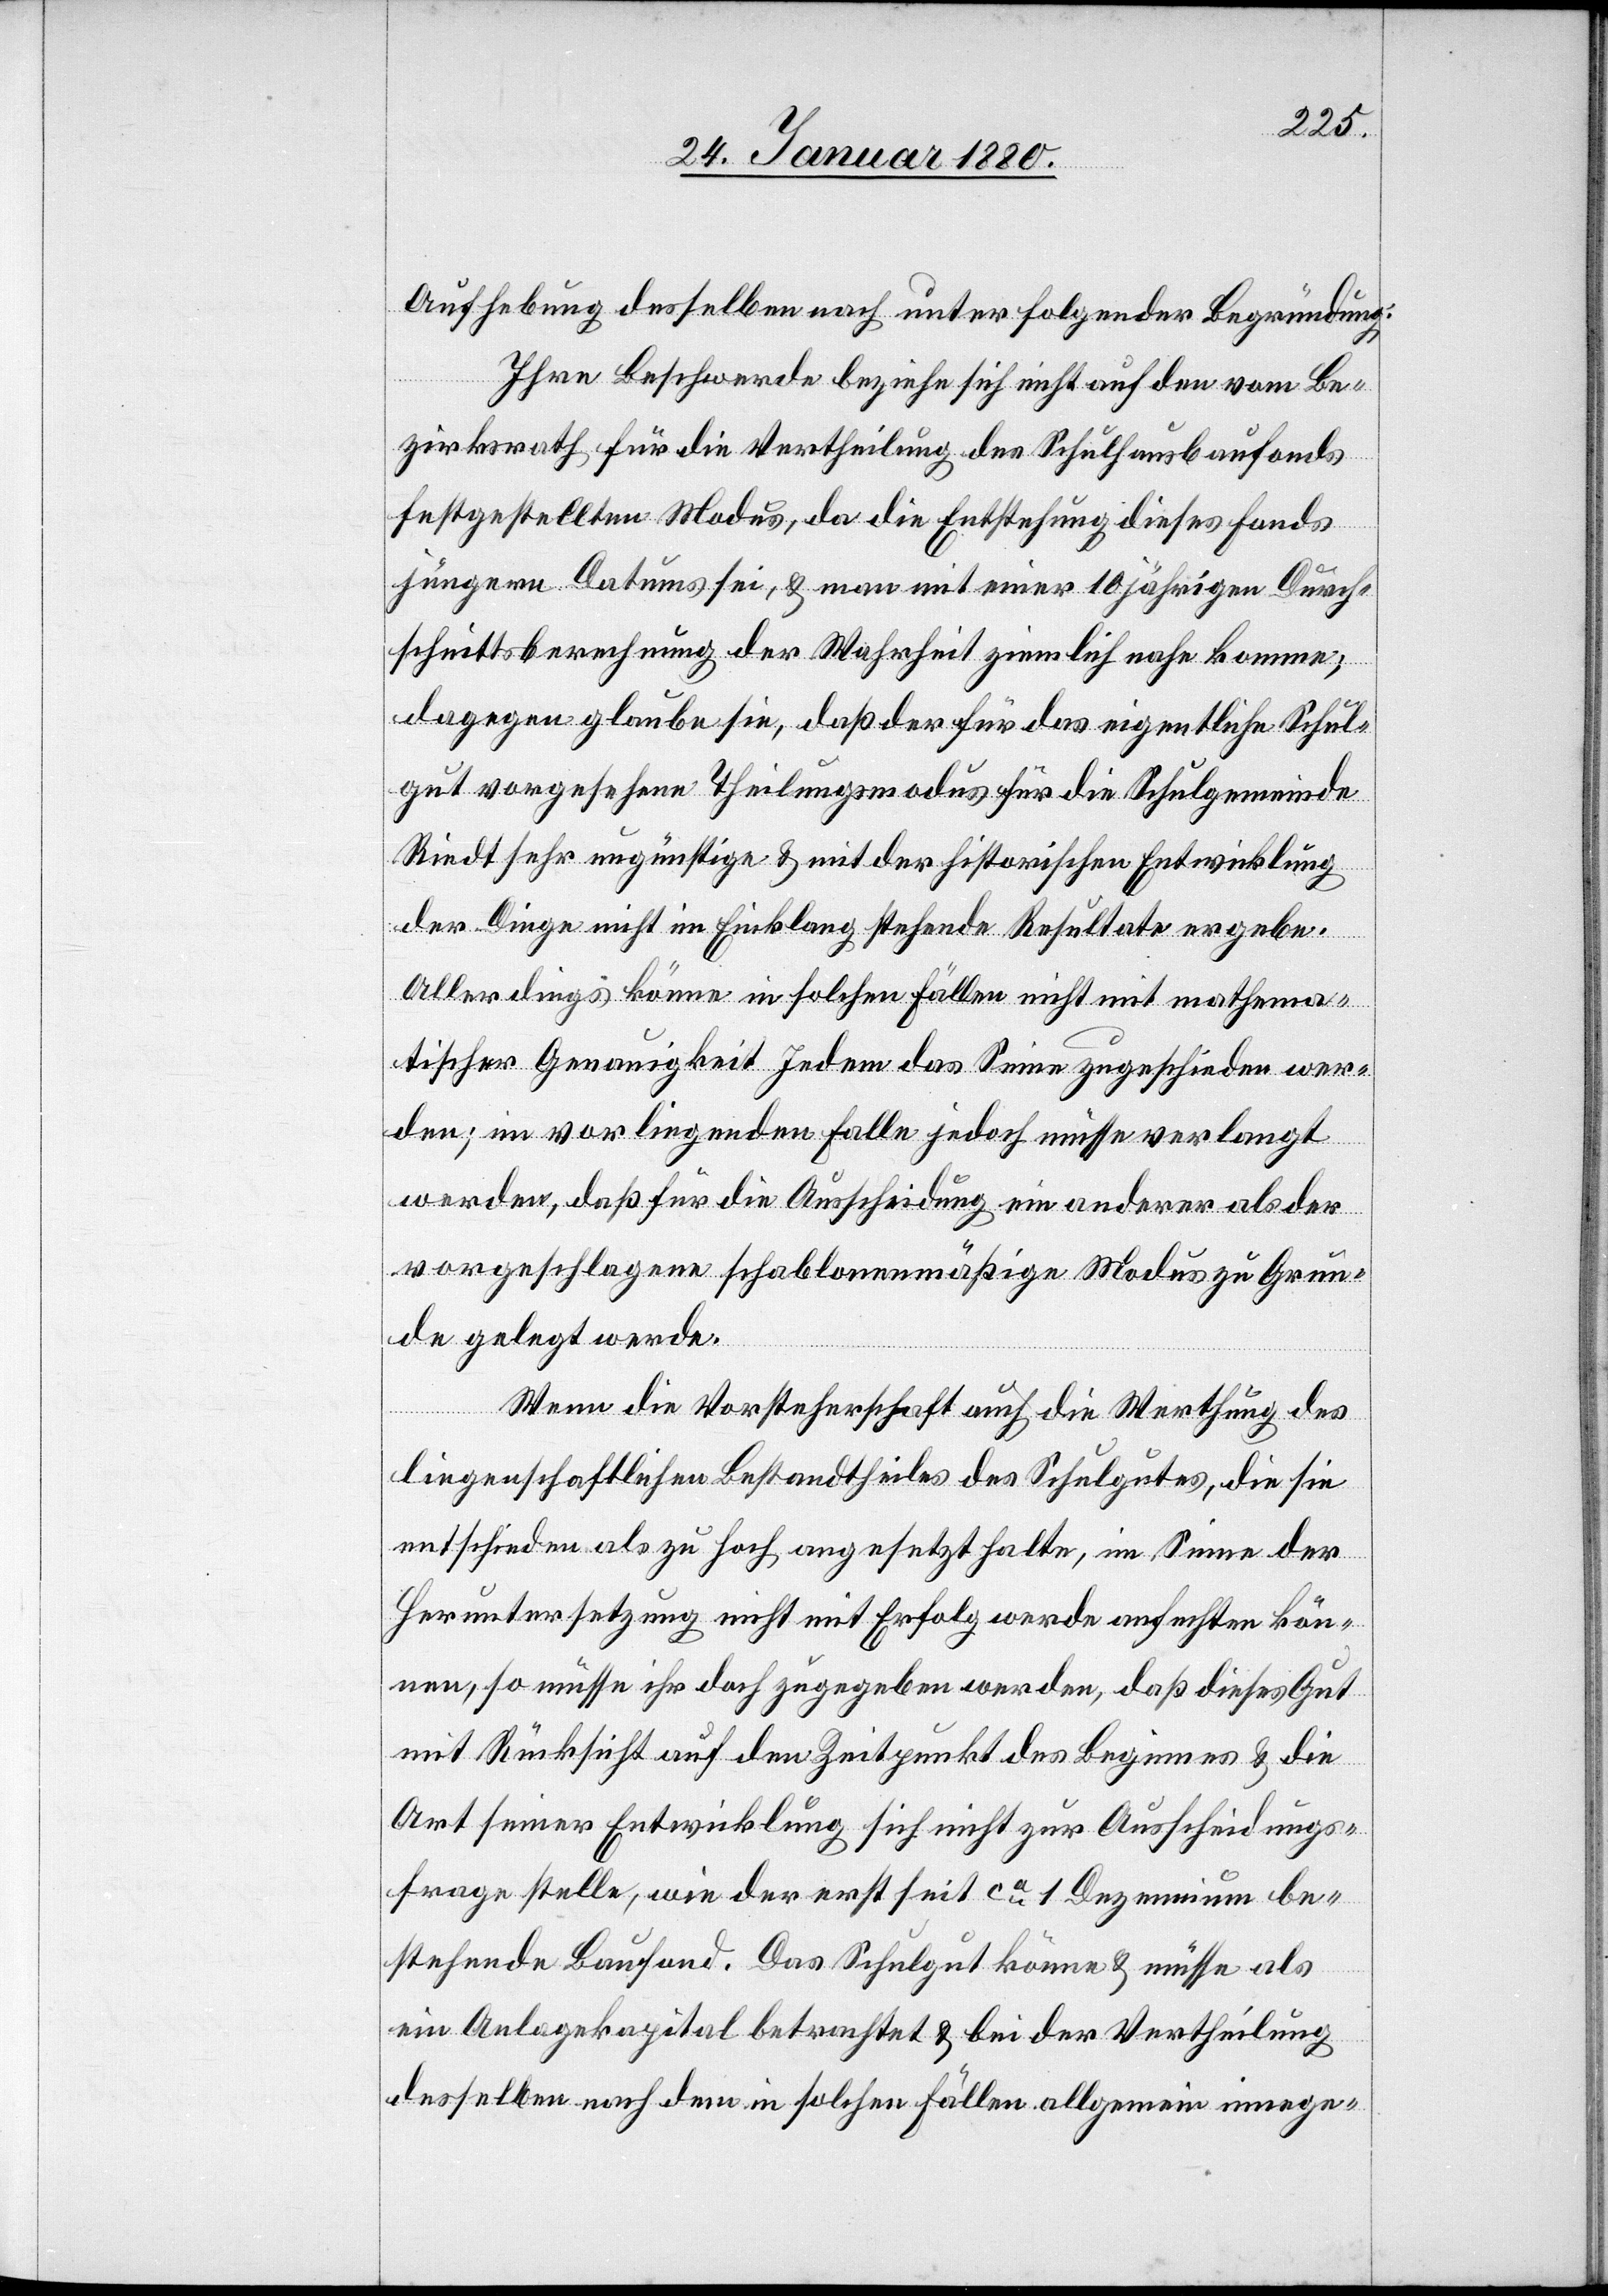
Aufhebung desselben nach unter folgender Begründung:
Ihre Beschwerde beziehe sich nicht auf den vom Be¬
zirksrath für die Vertheilung des Schulhausbaufonds
festgestellten Modus, da die Entstehung dieses Fonds
jüngern Datums sei, & man mit einer 10 jährigen Durch¬
schnittsberechnung der Wahrheit ziemlich nahe komme;
dagegen glaube sie, daß der für das eigentliche Schul¬
gut vorgesehene Theilungsmodus für die Schulgemeinde
Riedt sehr ungünstige & mit der historischen Entwicklung
der Dinge nicht im Einklang stehende Resultate ergebe.
Allerdings könne in solchen Fällen nicht mit mathema¬
tischer Genauigkeit Jedem das Seine zugeschieden wer¬
den; im vorliegenden Falle jedoch müsse verlangt
werden, daß für die Ausscheidung ein anderer als der
vorgeschlagene schablonenmäßige Modus zu Grun¬
de gelegt werde.
Wenn die Vorsteherschaft auch die Werthung des
liegenschaftlichen Bestandtheils des Schulgutes, die sie
entscheiden als zu hoch angesetzt halte, im Sinne der
Heruntersetzung nicht mit Erfolg werde anfechten kön¬
nen, so müsse ihr doch zugegeben werden, daß dieses Gut
mit Rücksicht auf den Zeitpunkt des Beginnes & die
Art seiner Entwicklung sich nicht zur Ausscheidungs¬
frage stelle, wie der erst seit ca 1 Dezennium be¬
stehende Baufond. Das Schulgut könne & müsse als
ein Anlagekapital betrachtet & bei der Vertheilung
desselben nach dem in solchen Fällen allgemein innege-